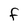
Character: F